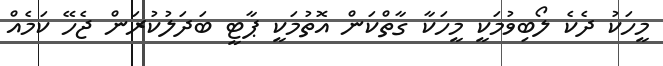
މީހަކު ދެކެ ލޯބިވުމަކީ މީހަކާ ގާތްކަން އޮތުމަކީ ޕާޓީ ބަދަލުކުރަން ޖެހޭ ކަމެއް